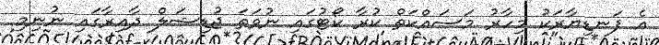
އެ ފަނޑިޔާރަކު މިހާރު މަސައްކަތް ކުރާ ކޯޓުގައި ނުވަތަ ޖުޑިޝަލް ދާއިރާގައި ނުނިމި